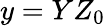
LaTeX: y=YZ_{0}